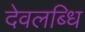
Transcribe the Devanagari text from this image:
देवलब्धि